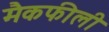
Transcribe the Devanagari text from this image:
मैकफीली